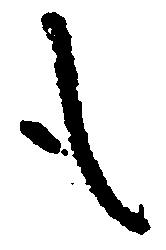
も